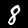
Digit: 8